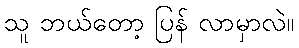
သူ ဘယ်တော့ ပြန် လာမှာလဲ။